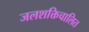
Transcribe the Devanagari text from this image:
जलशक्तिचालित